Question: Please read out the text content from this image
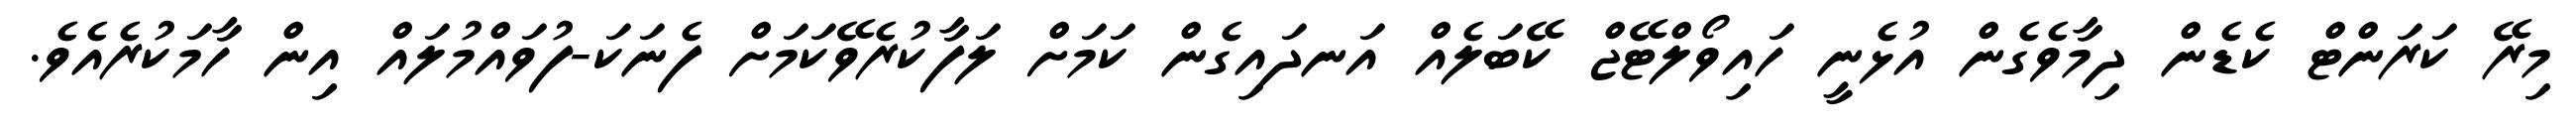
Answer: މިރޭ ކަރަންޓް ކެޑެން ދިމާވެގެން އުޅެނީ ހައިވޯލްޓޭޖް ކޭބަލެއް އަނދައިގެން ކަމަށް ލަފާކުރެވޭކަމަށް ފެނަކަ-ފުވައްމުލައް އިން ހާމަކުރެއެވެ.